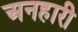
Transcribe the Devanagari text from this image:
अनहारी